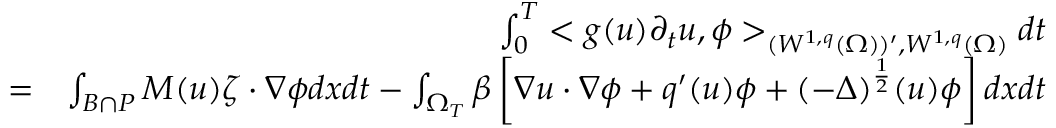
\begin{array} { r l r } & { } & { \int _ { 0 } ^ { T } < g ( u ) \partial _ { t } u , \phi > _ { ( W ^ { 1 , q } ( \Omega ) ) ^ { \prime } , W ^ { 1 , q } ( \Omega ) } d t } \\ & { = } & { \int _ { B \cap P } M ( u ) \zeta \cdot \nabla \phi d x d t - \int _ { \Omega _ { T } } \beta \left[ \nabla u \cdot \nabla \phi + q ^ { \prime } ( u ) \phi + ( - \Delta ) ^ { \frac { 1 } { 2 } } ( u ) \phi \right] d x d t } \end{array}